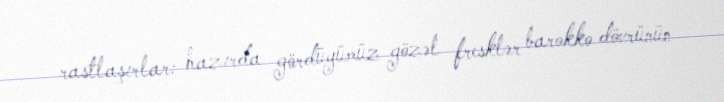
rastlaşırlar: hazırda gördüyümüz gözəl fresklər barokko dövrünün